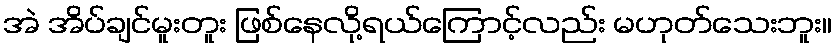
အဲ အိပ်ချင်မူးတူး ဖြစ်နေလို့ရယ်ကြောင့်လည်း မဟုတ်သေးဘူး။